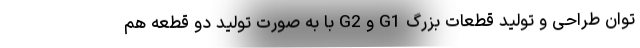
توان طراحی و تولید قطعات بزرگ G1 و G2 با به صورت تولید دو قطعه هم